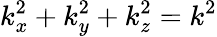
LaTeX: k_{x}^{2}+k_{y}^{2}+k_{z}^{2}=k^{2}